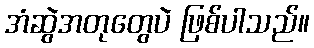
အံဆွဲအတုတွေပဲ ဖြစ်ပါသည်။